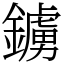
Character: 鐪